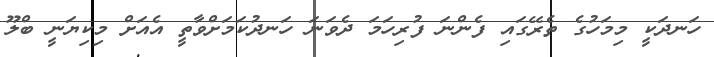
ހަނދަކީ މިމަހުގެ ތެރޭގައި ފެންނަ ފުރިހަމަ ދެވަނަ ހަނދުކަމަށްވާތީ އެއަށް މިކިޔަނީ ބްލޫ